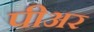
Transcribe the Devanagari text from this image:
पीअर